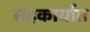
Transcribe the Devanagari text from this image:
सहकार्यात